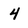
Character: 4